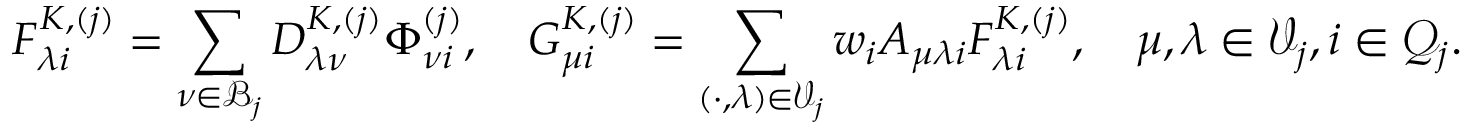
F _ { \lambda i } ^ { K , ( j ) } = \sum _ { \nu \in \mathcal { B } _ { j } } D _ { \lambda \nu } ^ { K , ( j ) } \Phi _ { \nu i } ^ { ( j ) } , \quad G _ { \mu i } ^ { K , ( j ) } = \sum _ { ( \cdot , \lambda ) \in \mathcal { V } _ { j } } w _ { i } A _ { \mu \lambda i } F _ { \lambda i } ^ { K , ( j ) } , \quad \mu , \lambda \in \mathcal { V } _ { j } , i \in \mathcal { Q } _ { j } .